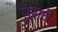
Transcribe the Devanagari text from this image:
पूरावे